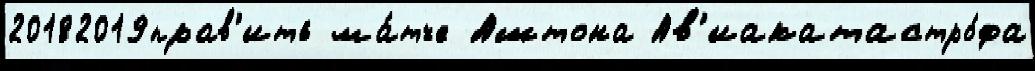
20182019прав'ить ма́тче Аштона Ав'иакатастро́фа